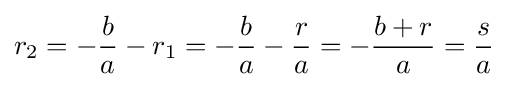
r_{2}=-{\frac {b}{a}}-r_{1}=-{\frac {b}{a}}-{\frac {r}{a}}=-{\frac {b+r}{a}}={\frac {s}{a}}